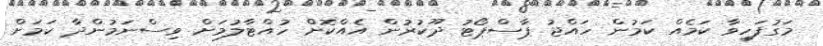
މަގުފަހިވާ ކަމެއް ކަމުން ހައްޖު ޕާސްޕޯޓު ދޫކުރުން އެއްކޮށް ހުއްޓާލުމަށް ވިސްނަމުންދާ ކަމަށް